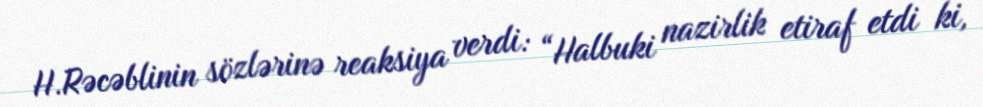
H.Rəcəblinin sözlərinə reaksiya verdi: “Halbuki nazirlik etiraf etdi ki,